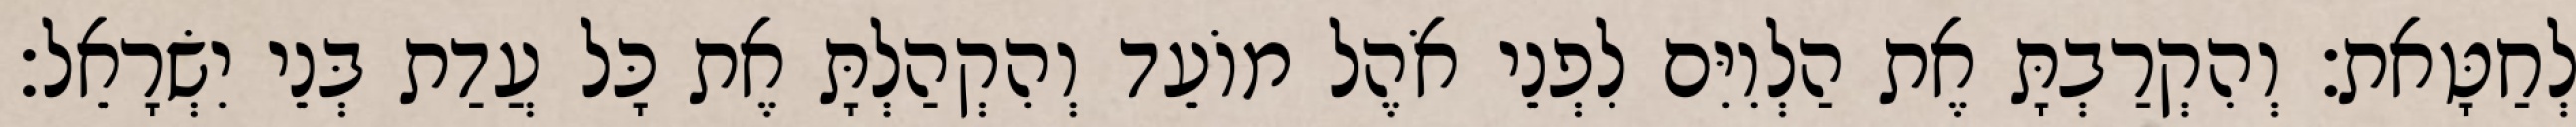
לְחַטָּאת׃ וְהִקְרַבְתָּ אֶת הַלְוִיִּם לִפְנֵי אֹהֶל מוֹעֵד וְהִקְהַלְתָּ אֶת כָּל עֲדַת בְּנֵי יִשְׂרָאֵל׃